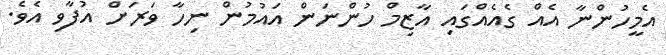
އެމީހުންނާ އެއް ގެއެއްގައި އާޒިމް ހުންނަން އައުމުން ނިހާ ވަރަށް އުފާވި އެވެ.